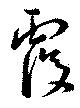
覆